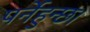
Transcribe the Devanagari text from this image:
पर्नेहुन्छ।